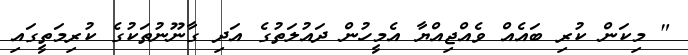
" މިކަން ކުރި ބައެއް ވެއްޖިއްޔާ އެމީހުން ދައުލަތުގެ އަދި ގާނޫނުތަކުގެ ކުރިމަތީގައި